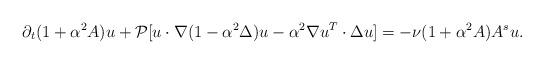
LaTeX: \begin{align*}\partial_t (1+\alpha^2 A)u + \mathcal{P}[u\cdot \nabla (1-\alpha^2\Delta)u - \alpha^2\nabla u^T\cdot \Delta u ] = -\nu (1+\alpha^2 A)A^s u.\end{align*}